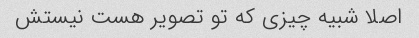
اصلا شبیه چیزی که تو تصویر هست نیستش